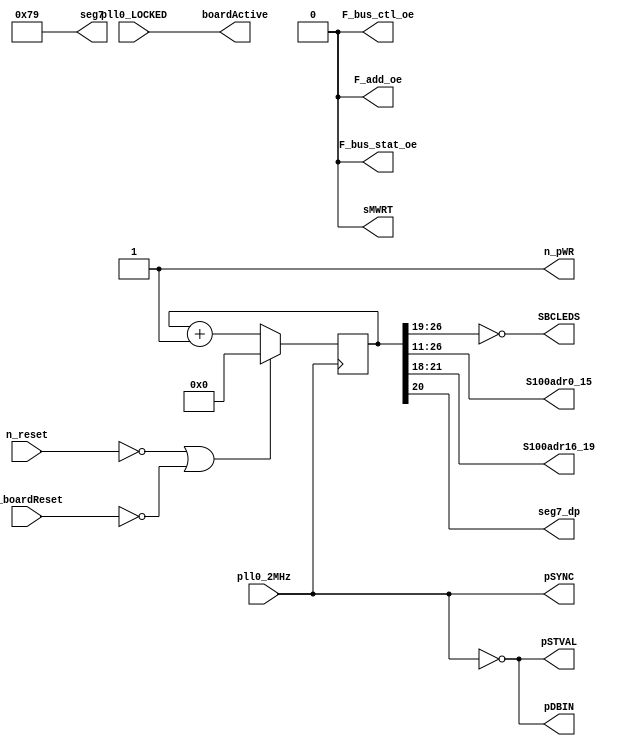
module  T35_ADDR_LINES_TEST1_top (
    n_reset,            // Reset to T25 board is active low
    pll0_LOCKED,        // signal shows the PLL is locked
    pll0_2MHz,          // 2MHz PLL out that is "master" clock signal
    n_boardReset,       // on board reset push button
    S100adr0_15,        // The regular 16 address bits
    S100adr16_19,       // These are wires backwards, so
                        // lowest bit is A19, highest is A16
    SBCLEDS,            // The SBC LEDs also show activity
    pDBIN,              // S100 pDBIN (proc. Data Bus In signal)
    pSYNC,              // S100 pSYNC (proc. Sync signal)
    pSTVAL,             // S100 pSTVAL (proc. Status Valid)
    n_pWR,              // Active low processor write signal
    sMWRT,              // proc. Status Memory Write signal
    seg7,               // T35 seven-segment display bus
    seg7_dp,            // T35 seven-segment decimal point
                        //   used as a visual "heartbeat"
    boardActive,        // SBC LED to show board is active
    F_add_oe,           // FPGA SBC drivers Address output enable
    F_bus_stat_oe,      // FPGA SBC Status output enable
    F_bus_ctl_oe);      // FPGA SBC Control output enable
        
    input   n_reset;            // active low eset fom S100 bus
    input   pll0_LOCKED;        // PLL is locked (good)
    input   pll0_2MHz;          // 2MHz PLL Clock signal
    input   n_boardReset;       // onboard active low reset
    output  [15:0] S100adr0_15; // S100 Address bus 0:15
    output  [3:0] S100adr16_19; // S100 Address but 16-19
    output  [7:0] SBCLEDS;      // "F_BAR" LEDs on SBC board
    output  pDBIN;              // GPIOT_RXP21
    output  pSYNC;              // GPIOT_RXP20
    output  pSTVAL;             // GPIOT_RXN21
    output  n_pWR;              // GPIOT_RXP20
    output  sMWRT;              // GPIOR_121
    output  [6:0] seg7;         // T35 7-segment output bus
    output  seg7_dp;            // T35 7-segment decimal point
    output  boardActive;        // GPIOT_RXN20
    output  F_add_oe;           // GPIOB_TXN17
    output  F_bus_stat_oe;      // GPIOB_TXN19
    output  F_bus_ctl_oe;       // GPUIOR_120

reg [26:0]  counter;            // 27-bit counter for A0 to A15

assign F_add_oe = 0;                    // enable address outputs
assign F_bus_stat_oe = 0;               // enable CPU Status outputs
assign F_bus_ctl_oe = 0;                // enable CPU Control outp[uts
assign S100adr0_15 = counter[26:11];    // Change to [15:0] for A0=1MHz
assign S100adr16_19 = counter[21:18];   // run Address 16-19 backwards
assign boardActive = pll0_LOCKED;       // Show that the PLL is locked
assign SBCLEDS = ~(counter[26:19]);     // LEDs active low, complement
assign pDBIN = !pll0_2MHz;              // Fake an S100 pDBIN signal
assign pSYNC = pll0_2MHz;               // Fake an S100 pSYNC signal
assign pSTVAL = !pll0_2MHz;             // Fake an S100 pSTVAL signal
assign n_pWR = 1'b1;                    // keep processor write high
assign sMWRT = 1'b0;                    // keep memory write low

assign seg7 = 7'b1111001;           // Set T35 7-segment to the number "1"
assign seg7_dp = counter[20];       // blink T35 decimal point roughly 1sec

always @(posedge pll0_2MHz)         // at every positive edge of 2MHz PLL out,
    begin
        if((n_reset == 0) | (n_boardReset == 0)) begin  // if reset set low...
            counter <= 27'b0;           // reset counter to 0
        end                             // end of resetting everything
        else
            counter <= counter + 1;     // just increment counter
                                        // it falls through max back to zero
    end
endmodule